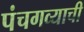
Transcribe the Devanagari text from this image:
पंचगव्याची